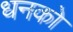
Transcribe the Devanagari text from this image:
धनको